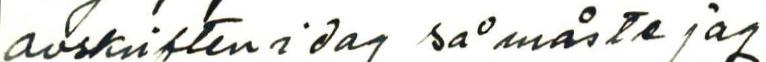
avskriften i dag så måste jag